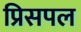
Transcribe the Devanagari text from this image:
प्रिसपल